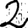
Digit: 2